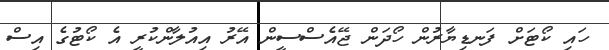
ހައި ކޯޓަށް ފަނޑިޔާރުން ހޯދަން ޖޭއެސްސީން އޭރު އިއުލާންކުރީ އެ ކޯޓުގެ އިސް